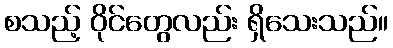
စသည့် ဝိုင်တွေလည်း ရှိသေးသည်။